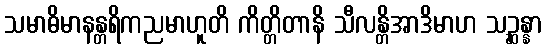
သမာဓိမာနန္တရိကညမာဟူတိ ကိတ္တိတာနိ သီလန္တိအာဒိမာဟ သဉ္ဆန္နာ